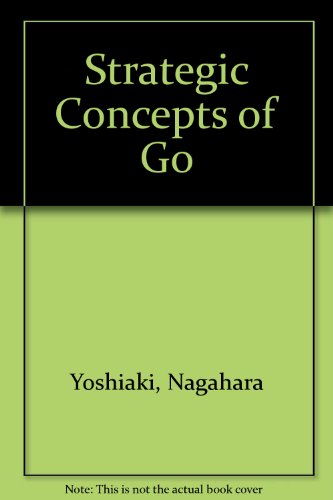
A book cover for Strategic Concepts of Go; Nagahara Yoshiaki; Science Fiction & Fantasy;